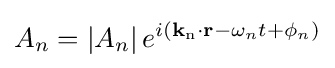
A_{n}=\left|A_{n}\right|e^{i\left(\mathbf {k} _{\mathrm {n} }\cdot \mathbf {r} -\omega _{n}t+\phi _{n}\right)}\,\!